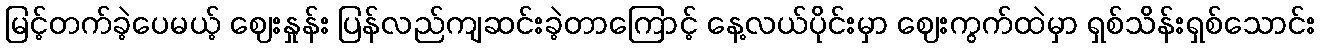
မြင့်တက်ခဲ့ပေမယ့် ဈေးနှုန်း ပြန်လည်ကျဆင်းခဲ့တာကြောင့် နေ့လယ်ပိုင်းမှာ ဈေးကွက်ထဲမှာ ရှစ်သိန်းရှစ်သောင်း